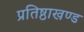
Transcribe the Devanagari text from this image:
प्रतिष्ठाखण्ड